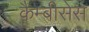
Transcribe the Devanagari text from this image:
कैम्बीसेस